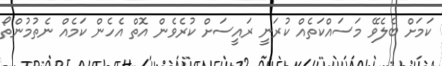
ކަމަށް ބެލެވޭ މަސައްކަތެއް ކުރަނީ ރައީސަށް ކުރެވެން އޮތް އެހެން ކަމެއް ނެތުމުންތޯ